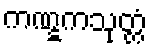
ကဏ္ဋကသုတ္တံ